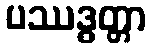
ပဿဒ္ဓတ္တာ